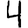
Digit: 4